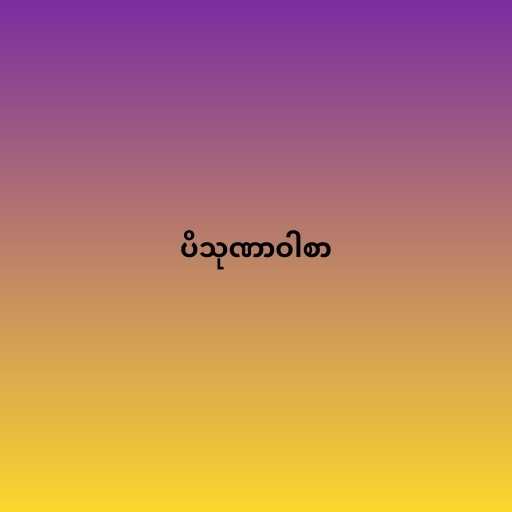
ပိသုဏာဝါစာ